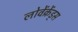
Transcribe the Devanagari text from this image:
लोवेंक्रेंड्स